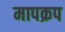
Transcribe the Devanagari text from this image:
मापक्रप